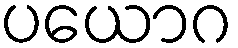
ပယောဂ